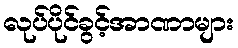
လုပ်ပိုင်ခွင့်အာဏာများ